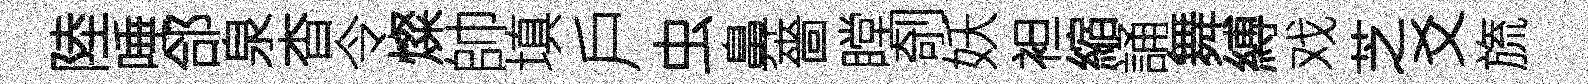
陸唾郃泉杳令燦帥填戶虫鼻嗇瞠剞妖袒縮誦舞縛戏芝爻旒